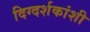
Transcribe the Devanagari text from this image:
दिग्दर्शकांशी